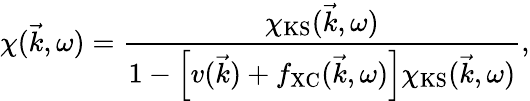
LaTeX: \chi(\vec{k},\omega)=\frac{\chi_{\mathrm{KS}}(\vec{k},\omega)}{1-\left[v(\vec{k})+f_{\mathrm{XC}}(\vec{k},\omega)\right]\chi_{\mathrm{KS}}(\vec{k},\omega)},